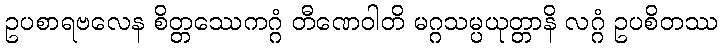
ဥပစာရဗလေန စိတ္တဿေကဂ္ဂံ တီဏေဝါတိ မဂ္ဂသမ္ပယုတ္တာနိ လဂ္ဂံ ဥပစိတဿ